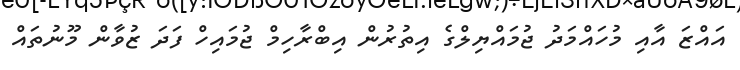
އައްޒަ އާއި މުހައްމަދު ޖުމައްޔިލްގެ އިތުރުން އިބްރާހިމް ޖުމައިހް ފަދަ ޒުވާން މޫނުތައް